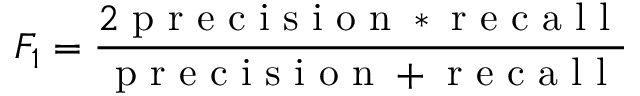
F _ { 1 } = \frac { 2 \mathrm { ~ p ~ r ~ e ~ c ~ i ~ s ~ i ~ o ~ n ~ * ~ r ~ e ~ c ~ a ~ l ~ l ~ } } { \mathrm { ~ p ~ r ~ e ~ c ~ i ~ s ~ i ~ o ~ n ~ + ~ r ~ e ~ c ~ a ~ l ~ l ~ } }